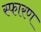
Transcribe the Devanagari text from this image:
स्फारण